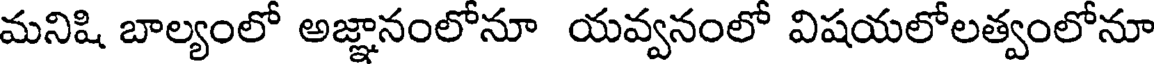
మనిషి బాల్యంలో అజ్ఞానంలోనూ యవ్వనంలో విషయలోలత్వంలోనూ